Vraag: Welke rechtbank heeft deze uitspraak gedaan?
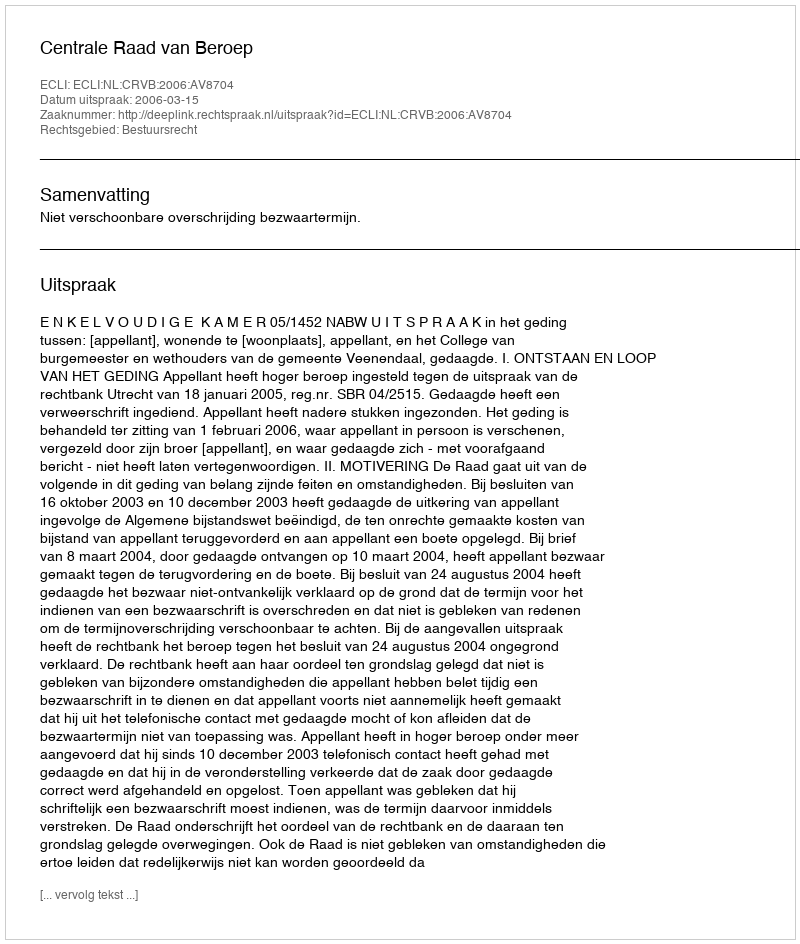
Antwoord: Centrale Raad van Beroep